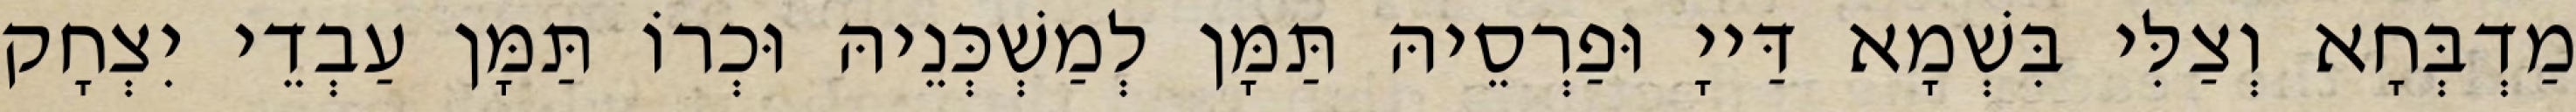
מַדְבְּחָא וְצַלִּי בִּשְׁמָא דַּייָ וּפַרְסֵיהּ תַּמָּן לְמַשְׁכְּנֵיהּ וּכְרוֹ תַּמָּן עַבְדֵי יִצְחָק